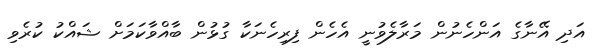
އަދި އޭނާގެ އަންހެނުން މަރާލެވުނީ އެހެން ފިރިހެނަކާ ގުޅުން ބާއްވާކަމަށް ޝައްކު ކުރެވި